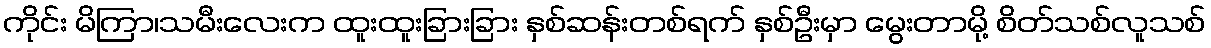
ကိုင်း မိကြာ၊သမီးလေးက ထူးထူးခြားခြား နှစ်ဆန်းတစ်ရက် နှစ်ဦးမှာ မွေးတာမို့ စိတ်သစ်လူသစ်